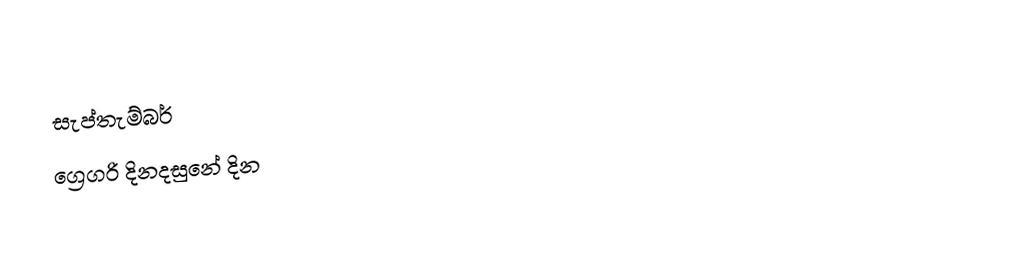
සැප්තැම්බර්
ග්‍රෙගරි දිනදසුනේ දින